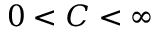
0 < C < \infty